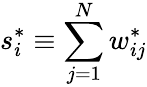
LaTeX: s_{i}^{*}\equiv\sum_{j=1}^{N}w_{ij}^{*}